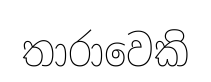
තාරාවෙකි